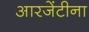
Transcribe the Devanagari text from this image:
आरजेंटीना